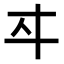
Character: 𬽤